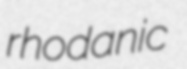
rhodanic